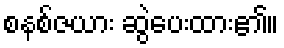
စနစ်ဇယား ဆွဲပေးထား၏။